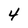
Character: 4